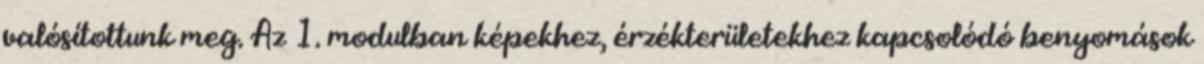
valósítottunk meg. Az 1. modulban képekhez, érzékterületekhez kapcsolódó benyomások